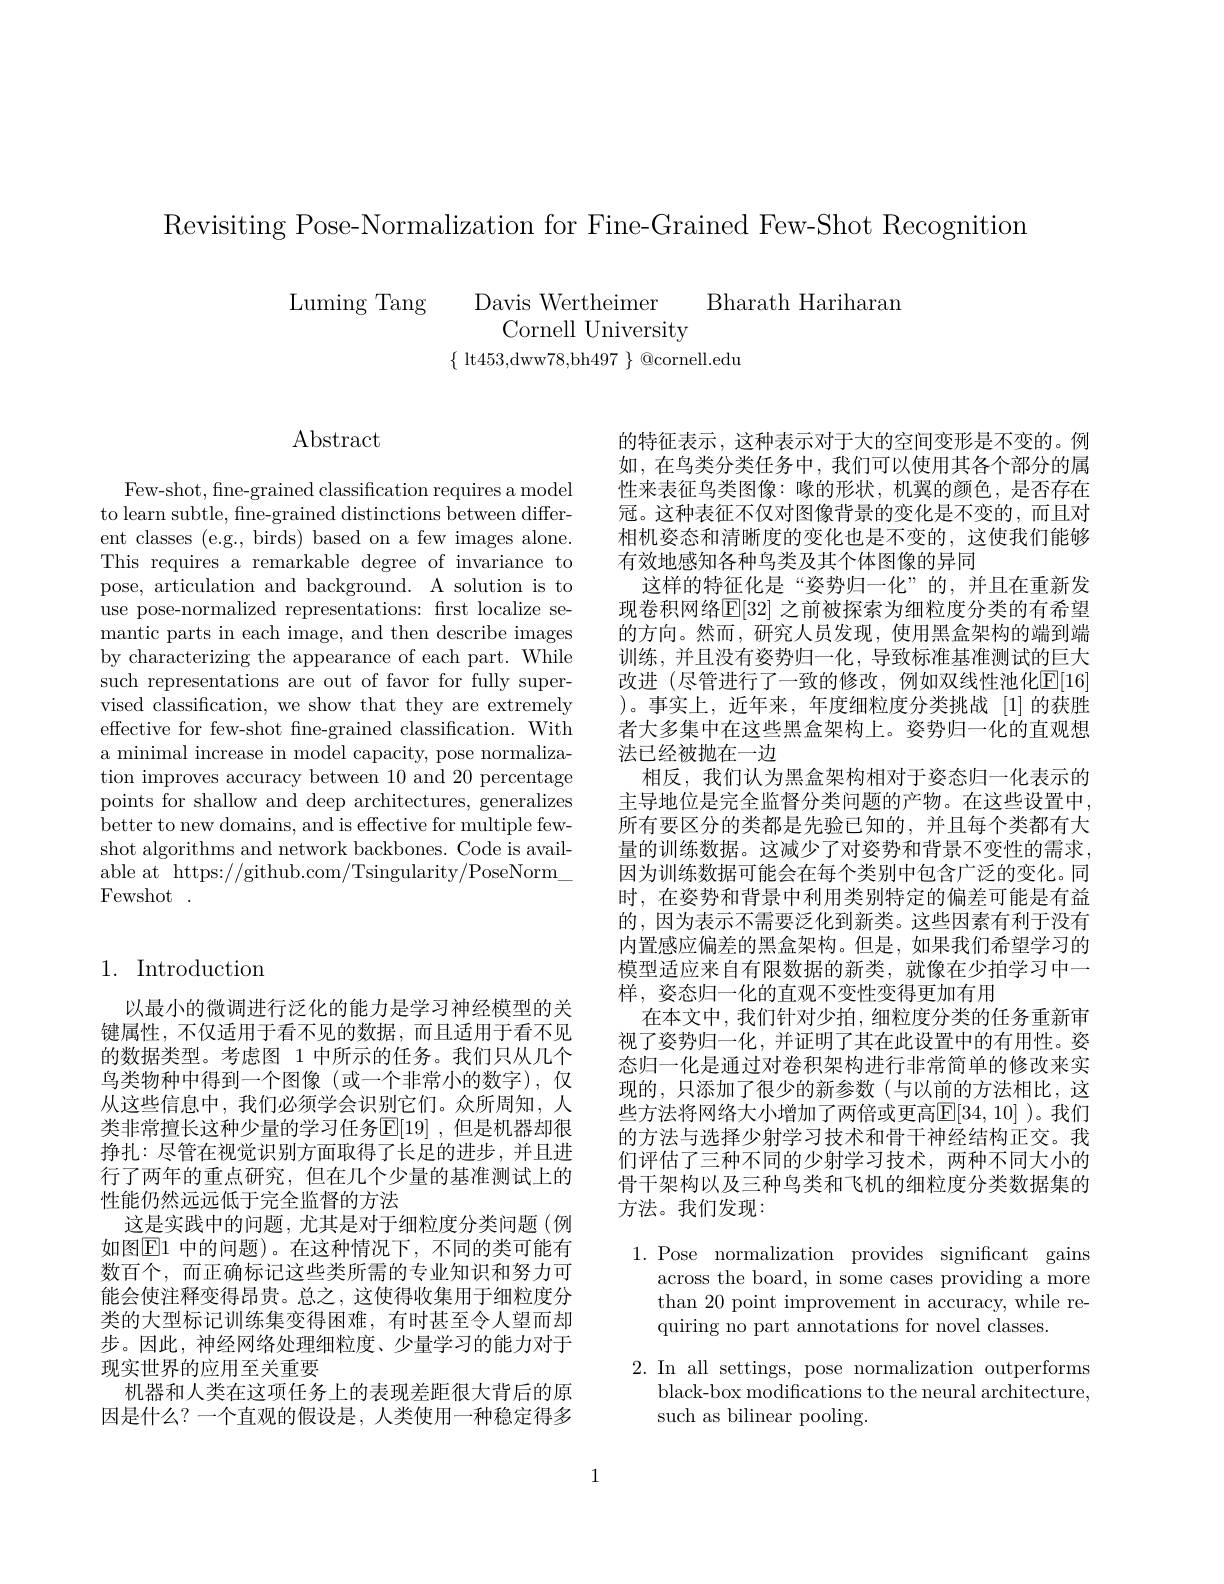
Revisiting Pose-Normalization for Fine-Grained Few-Shot Recognition

Davis Wertheimer Bharath Hariharan
Luming Tang
Cornell University
$\{\begin{array}{c}{\mathrm{lt453,dww78,bh497~}}\end{array}\}\begin{array}{c}{\mathrm{Qcornell.edu}}\\\end{array}$

Abstract

Few-shot, fine-grained classification requires a model to learn subtle, fine-grained distinctions between different classes (e.g., birds) based on a few images alone. This requires a remarkable degree of invariance to pose, articulation and background. A solution is to use pose-normalized representations: first localize semantic parts in each image, and then describe images by characterizing the appearance of each part. While such representations are out of favor for fully supervised classification, we show that they are extremely effective for few-shot fne-grained classification. With a minimal increase in model capacity, pose normalization improves accuracy between 10 and 20 percentage points for shallow and deep architectures, generalizes better to new domains, and is effective for multiple fewshot algorithms and network backbones. Code is available at https://github.com/Tsingularity/PoseNorm\_ Fewshot.

## 1. Introduction

以最小的微调进行泛化的能力是学习神经模型的关键属性，不仅适用于看不见的数据，而且适用于看不见的数据类型。考虑图 1 中所示的任务。我们只从几个鸟类物种中得到一个图像(或一个非常小的数字),仅从这些信息中，我们必须学会识别它们。众所周知，人类非常擅长这种少量的学习任务$\mathbb{E}[19]$ ,但是机器却很挣扎：尽管在视觉识别方面取得了长足的进步，并且进行了两年的重点研究，但在几个少量的基准测试上的性能仍然远远低于完全监督的方法
这是实践中的问题，尤其是对于细粒度分类问题(例如图$\boxed{\mathrm{E}}1$ 中的问题)。在这种情况下，不同的类可能有数百个，而正确标记这些类所需的专业知识和努力可能会使注释变得昂贵。总之，这使得收集用于细粒度分类的大型标记训练集变得困难，有时甚至令人望而却步。因此，神经网络处理细粒度、少量学习的能力对于现实世界的应用至关重要
机器和人类在这项任务上的表现差距很大背后的原因是什么？一个直观的假设是，人类使用一种稳定得多

的特征表示，这种表示对于大的空间变形是不变的。例如，在鸟类分类任务中，我们可以使用其各个部分的属性来表征鸟类图像：喙的形状，机翼的颜色，是否存在冠。这种表征不仅对图像背景的变化是不变的，而且对相机姿态和清晰度的变化也是不变的，这使我们能够有效地感知各种鸟类及其个体图像的异同
这样的特征化是“姿势归一化”的，并且在重新发现卷积网络$\mathbb{E}[32]$ 之前被探索为细粒度分类的有希望的方向。然而，研究人员发现，使用黑盒架构的端到端训练，并且没有姿势归一化，导致标准基准测试的巨大改进 (尽管进行了一致的修改，例如双线性池化$\underline{\mathrm{E}}[16]$ )。事实上，近年来，年度细粒度分类挑战[1]的获胜者大多集中在这些黑盒架构上。姿势归一化的直观想法已经被抛在一边
相反，我们认为黑盒架构相对于姿态归一化表示的主导地位是完全监督分类问题的产物。在这些设置中， 所有要区分的类都是先验已知的，并且每个类都有大量的训练数据。这减少了对姿势和背景不变性的需求， 因为训练数据可能会在每个类别中包含广泛的变化。同时，在姿势和背景中利用类别特定的偏差可能是有益的，因为表示不需要泛化到新类。这些因素有利于没有内置感应偏差的黑盒架构。但是，如果我们希望学习的模型适应来自有限数据的新类，就像在少拍学习中一样，姿态归一化的直观不变性变得更加有用
在本文中，我们针对少拍，细粒度分类的任务重新审视了姿势归一化，并证明了其在此设置中的有用性。姿态归一化是通过对卷积架构进行非常简单的修改来实现的，只添加了很少的新参数(与以前的方法相比，这些方法将网络大小增加了两倍或更高$\mathbb{E}[34,10]$ )。我们的方法与选择少射学习技术和骨干神经结构正交。我们评估了三种不同的少射学习技术，两种不同大小的骨干架构以及三种鸟类和飞机的细粒度分类数据集的方法。我们发现：

1.Pose normalization provides significant gains
across the board, in some cases providing a more than 20 point improvement in accuracy, while requiring no part annotations for novel classes.

2. In all settings, pose normalization outperforms
black-box modifications to the neural architecture,
such as bilinear pooling.

1